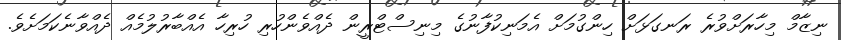
ނިޒާމް މިހާރަށްވުރެ ރަނގަޅަށް ހިންގުމަށް އެމަނިކުފާނުގެ މިނިސްޓްރީން ދެއްވެންހުރި ހުރިހާ އެއްބާރުލުމެއް ދެއްވާނެކަމަށެވެ.